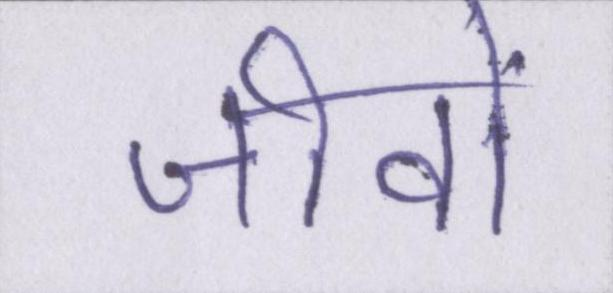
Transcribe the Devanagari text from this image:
जीवों